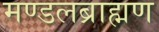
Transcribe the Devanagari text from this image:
मण्डलब्राह्मण